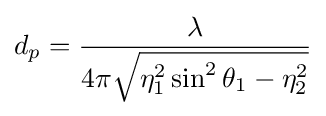
d_{p}={\frac {\lambda }{4\pi {\sqrt {\eta _{1}^{2}\sin ^{2}\theta _{1}-\eta _{2}^{2}}}}}